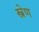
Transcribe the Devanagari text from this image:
स्त्रेण